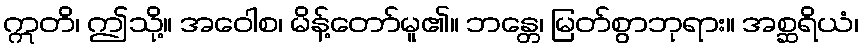
ဣတိ၊ ဤသို့။ အဝေါစ၊ မိန့်တော်မူ၏။ ဘန္တေ၊ မြတ်စွာဘုရား။ အစ္ဆရိယံ၊